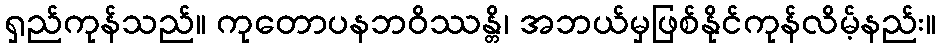
ရှည်ကုန်သည်။ ကုတောပနဘဝိဿန္တိ၊ အဘယ်မှဖြစ်နိုင်ကုန်လိမ့်နည်း။